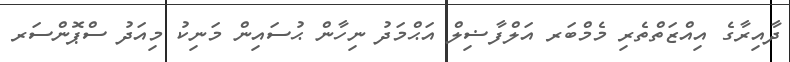
ދާއިރާގެ އިއްޒަތްތެރި މެމްބަރ އަލްފާޟިލް އަޙްމަދު ނިހާން ޙުސައިން މަނިކު މިއަދު ސްޕޮންސަރ